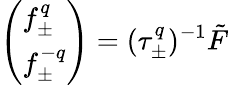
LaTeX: \left(\begin{array}{l}{{f_{\pm}^{q}}}\\ {{f_{\pm}^{-q}}}\end{array}\right)=(\tau_{\pm}^{q})^{-1}\tilde{F}